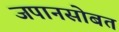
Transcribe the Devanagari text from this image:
जपानसोबत